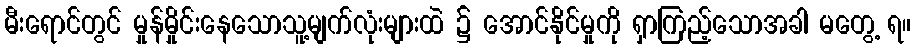
မီးရောင်တွင် မှုန်မှိုင်းနေသောသူ့မျက်လုံးများထဲ ၌ အောင်နိုင်မှုကို ရှာကြည့်သောအခါ မတွေ့ ရ။